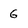
Character: 6